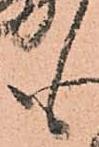
も